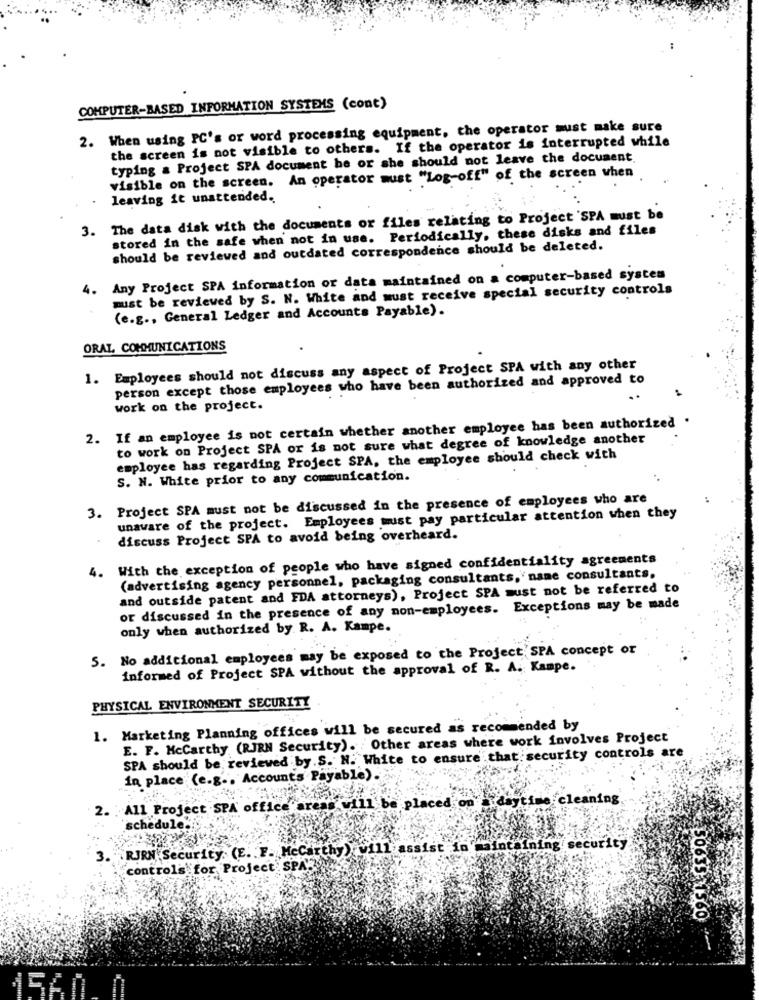
COMPUTER-BASED INFORMATION SYSTEMS (cont)
2. When using PC's or word processing equipment, the operator must make sure
the screen is not visible to others. If the operator is interrupted while
typing a Project SPA document he or she should not leave the document.
visible on the screen. An operator must "Log-off" of the screen when
leaving it unattended.
3. The data disk with the documents or files relating to Project SPA must be
stored in the safe when not in use. Periodically, these disks and files
should be reviewed and outdated correspondence should be deleted.
4. Any Project SPA information or data maintained on a computer-based systems
must be reviewed by S. N. White and must receive special security controls
(e.g ., General Ledger and Accounts Payable).
ORAL COMMUNICATIONS
1. Employees should not discuss any aspect of Project SPA with any other
person except those employees who have been authorized and approved to
work on the project.
2. If an employee is not certain whether another employee has been authorized .
to work on Project SPA or is not sure what degree of knowledge another
employee has regarding Project SPA, the employee should check with
S. N. White prior to any communication.
3. Project SPA must not be discussed in the presence of employees who are
unaware of the project. Employees must pay particular attention when they
discuss Project SPA to avoid being overheard.
4. With the exception of people who have signed confidentiality agreements
(advertising agency personnel, packaging consultants, nane consultants,
and outside patent and FDA attorneys), Project SPA must not be referred to
or discussed in the presence of any non-employees. Exceptions may be made
only when authorized by R. A. Kampe.
5. No additional employees may be exposed to the Project' SPA concept or
informed of Project SPA without the approval of R. A. Kampe.
PHYSICAL ENVIRONMENT SECURITY
1. Marketing Planning offices will be secured as recommended by
E. F. Mccarthy (RIRN Security). Other areas where work involves Project
SPA should be reviewed by.S. N. White to ensure that security controls are
in place (e.g ., Accounts Payable).
2. All Project SPA office area will be placed on - daytime cleaning
schedule.
"RJRN Security (E. F. Mccarthy) will assist in maintaining security
3.
controls for Project SPA-
50635-1560
1560